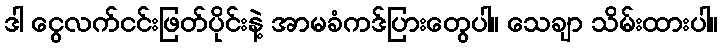
ဒါ ငွေလက်ငင်းဖြတ်ပိုင်းနဲ့ အာမခံကဒ်ပြားတွေပါ။ သေချာ သိမ်းထားပါ။